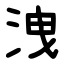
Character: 洩